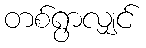
တစ်ရွာလျှင်